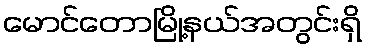
မောင်တောမြို့နယ်အတွင်းရှိ